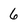
Character: 6